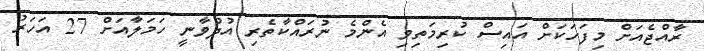
ރާއްޖެއަށް މިފަހަކަށް އައިސް ކުރިމަތިވި އެންމެ ނުރައްކާތެރި އުދުވާނީ ހަމަލާއަށް 27 އަހަރު